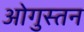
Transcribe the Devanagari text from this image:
ओगुस्तन